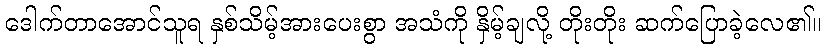
ဒေါက်တာအောင်သူရ နှစ်သိမ့်အားပေးစွာ အသံကို နှိမ့်ချလို့ တိုးတိုး ဆက်ပြောခဲ့လေ၏။